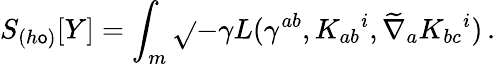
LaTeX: S_{(h\mathsf{o})}[Y]=\int_{m}\sqrt{}{{-\gamma}}L(\gamma^{ab},K_{ab}{}^{i},\widetilde{\nabla}_{a}K_{bc}{}^{i})\, .